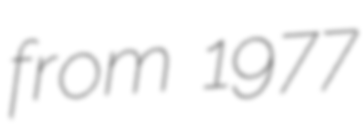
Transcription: from 1977